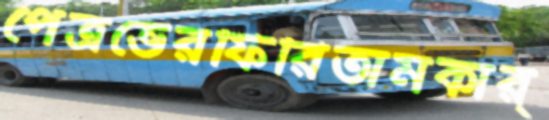
পেত্রভেরফিরিতামকার্